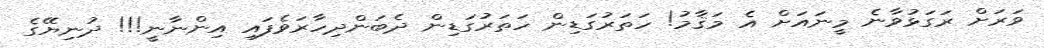
ވަރަށް ރަގަޅުވާނެ މީނައަށް އެ މަޤާމު! ހަތަރުގަޑިން ހަތަރުގަޑިން ދެބަންދިހާރަވެފައި އިންނާނީ!!! ދުނިޔޭގެ